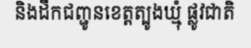
និងដឹកជញ្ជូនខេត្តត្បូងឃ្មុំ ផ្លូវជាតិ